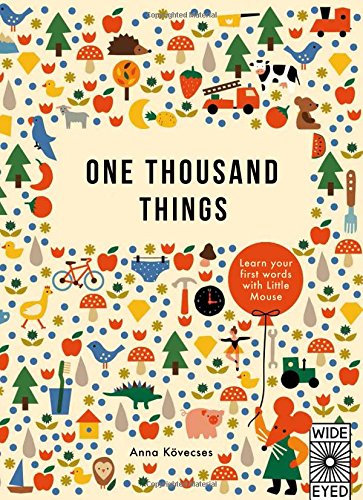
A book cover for One Thousand Things: learn your first words with Little Mouse; Anna Kovecses; Reference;